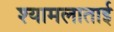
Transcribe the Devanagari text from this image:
श्यामलाताई